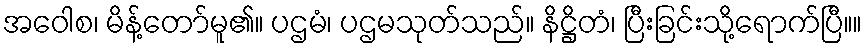
အဝေါစ၊ မိန့်တော်မူ၏။ ပဌမံ၊ ပဌမသုတ်သည်။ နိဋ္ဌိတံ၊ ပြီးခြင်းသို့ရောက်ပြီ။။